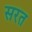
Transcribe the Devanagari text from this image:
सरत